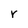
Character: r